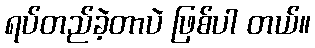
ရပ်တည်ခဲ့တာပဲ ဖြစ်ပါ တယ်။